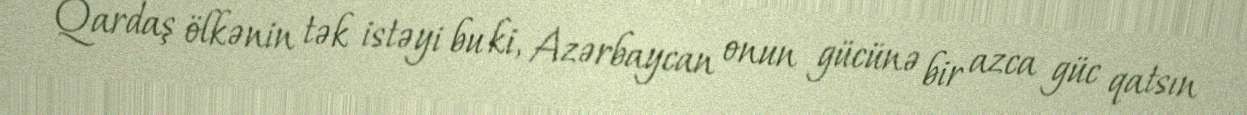
Qardaş ölkənin tək istəyi bu ki, Azərbaycan onun gücünə bir azca güc qatsın